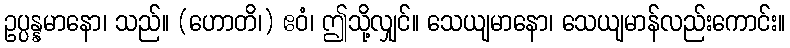
ဥပ္ပန္နမာနော၊ သည်။ (ဟောတိ၊) ဧဝံ၊ ဤသို့လျှင်။ သေယျမာနော၊ သေယျမာန်လည်းကောင်း။